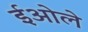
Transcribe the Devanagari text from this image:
ईओले